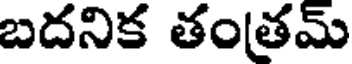
బదనిక తంతమ్